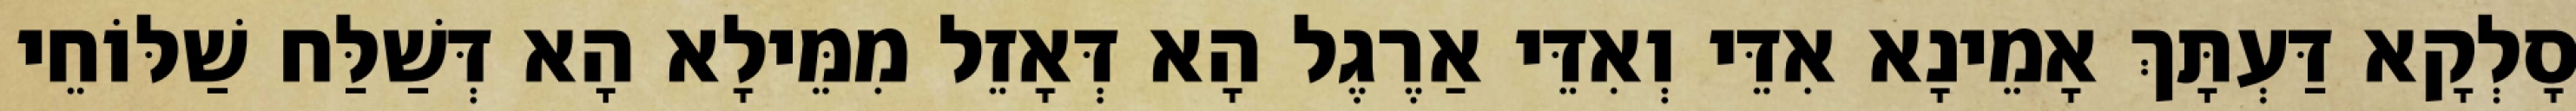
סָלְקָא דַּעְתָּךְ אָמֵינָא אִדֵּי וְאִדֵּי אַרֶגֶל הָא דְּאָזֵל מִמֵּילָא הָא דְּשַׁלַּח שַׁלּוֹחֵי